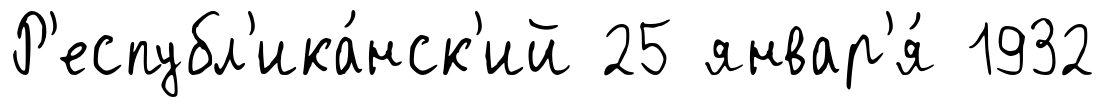
Р'еспубл'ика́нск'ий 25 январ'я́ 1932